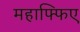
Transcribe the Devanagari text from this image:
महाफ्फिए